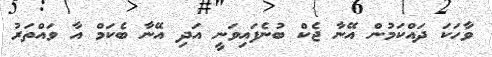
ވާހަކަ ދައްކަމުން އޭނާ ޖެކް ބުނެފައިވަނީ އަދި އޭނާ ބެކަމް އާ ވައްތަރު